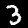
Label: 3